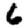
Digit: 6